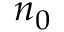
n _ { 0 }